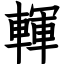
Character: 䡣